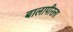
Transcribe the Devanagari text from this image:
बालापीरला